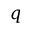
q